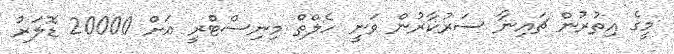
މީގެ އިތުރުން ޗައިނާ ސަރުކާރުން ވަނީ ހެލްތް މިނިސްޓްރީ އަށް 20000 ޑޮލަރު